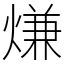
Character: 熑